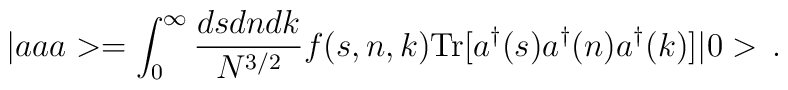
|aaa>= \int_0^\infty \frac{ds dn dk}{N^{3/2}} f(s,n,k) {\rm Tr}[a^\dagger(s) a^\dagger(n) a^\dagger(k) ]|0>\,.